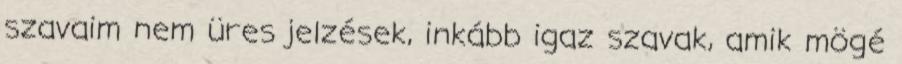
szavaim nem üres jelzések, inkább igaz szavak, amik mögé